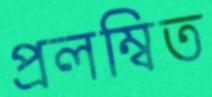
প্রলম্বিত